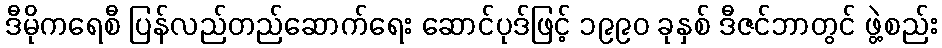
ဒီမိုကရေစီ ပြန်လည်တည်ဆောက်ရေး ဆောင်ပုဒ်ဖြင့် ၁၉၉၀ ခုနှစ် ဒီဇင်ဘာတွင် ဖွဲ့စည်း